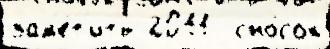
зам'е́т'ить 2011  сно́сок